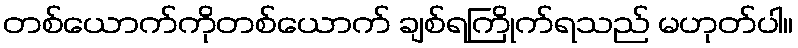
တစ်ယောက်ကိုတစ်ယောက် ချစ်ရကြိုက်ရသည် မဟုတ်ပါ။